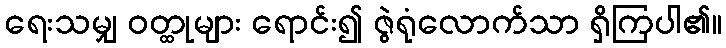
ရေးသမျှ ဝတ္ထုများ ရောင်း၍ ဇွဲရုံလောက်သာ ရှိကြပါ၏။